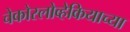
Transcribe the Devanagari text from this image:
चेकोस्लोव्हेकियाच्या